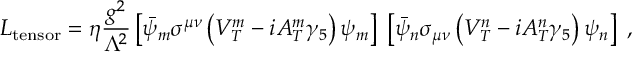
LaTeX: { \cal L } _ { \mathrm { t e n s o r } } = \eta \frac { g ^ { 2 } } { \Lambda ^ { 2 } } \left[ \bar { \psi } _ { m } \sigma ^ { \mu \nu } \left( V _ { T } ^ { m } - i A _ { T } ^ { m } \gamma _ { 5 } \right) \psi _ { m } \right] \; \left[ \bar { \psi } _ { n } \sigma _ { \mu \nu } \left( V _ { T } ^ { n } - i A _ { T } ^ { n } \gamma _ { 5 } \right) \psi _ { n } \right] \; ,